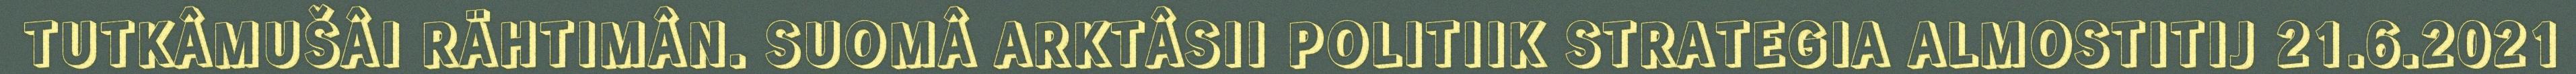
TUTKÂMUŠÂI RÄHTIMÂN. SUOMÂ ARKTÂSII POLITIIK STRATEGIA ALMOSTITIJ 21.6.2021